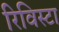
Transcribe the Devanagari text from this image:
रिविस्टा